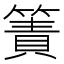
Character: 簀